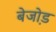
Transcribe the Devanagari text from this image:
बेजो़ड